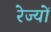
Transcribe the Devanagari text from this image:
रेज्यों